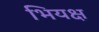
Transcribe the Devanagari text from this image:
भियक्ष